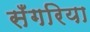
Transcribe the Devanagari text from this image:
सँगरिया